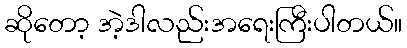
ဆိုတော့ အဲ့ဒါလည်းအရေးကြီးပါတယ်။